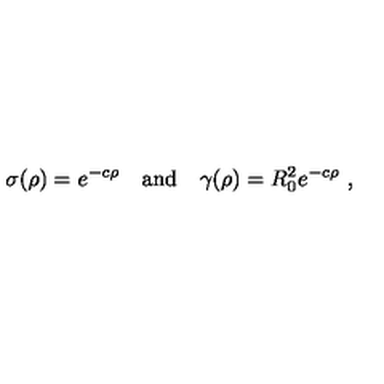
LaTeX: \sigma ( \rho ) = e ^ { - c \rho } \quad \mathrm { a n d } \quad \gamma ( \rho ) = R _ { 0 } ^ { 2 } e ^ { - c \rho } \ ,